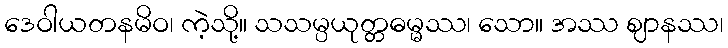
ဒေဝါယတနမိဝ၊ ကဲ့သို့။ သသမ္ပယုတ္တဓမ္မဿ၊ သော။ အဿ ဈာနဿ၊